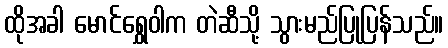
ထိုအခါ မောင်ရွှေဝါက တဲဆီသို့ သွားမည်ပြုပြန်သည်။